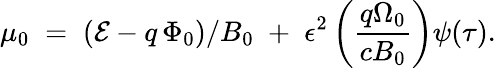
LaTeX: \mu_{0}\; =\; ({\cal E}-q\, \Phi_{0})/B_{0}\; +\; \epsilon^{2}\left(\frac{q\Omega_{0}}{cB_{0}}\right)\psi(\tau).